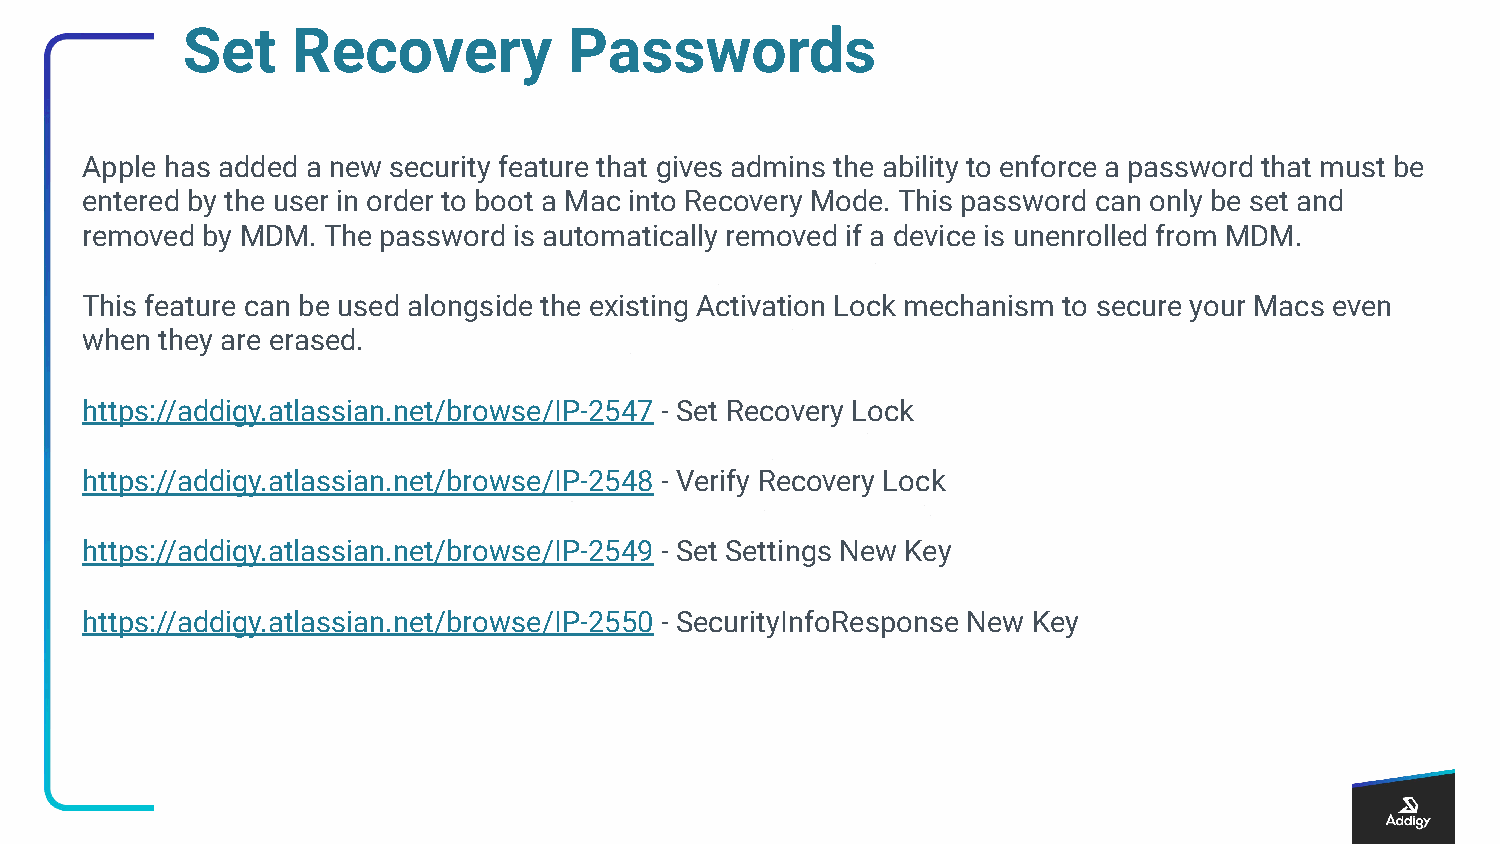
Set    Recovery           Passwords
 Apple has added a new security feature that gives admins the ability to enforce a password that must be
 entered by the user in order to boot a Mac into Recovery Mode. This password can only be set and
 removed by MDM. The password is automatically removed if a device is unenrolled from MDM.
 This feature can be used alongside the existing Activation Lock mechanism to secure your Macs even
 when  they are erased.
 https://addigy.atlassian.net/browse/IP-2547 - Set Recovery Lock
 https://addigy.atlassian.net/browse/IP-2548 - Verify Recovery Lock
 https://addigy.atlassian.net/browse/IP-2549 - Set Settings New Key
 https://addigy.atlassian.net/browse/IP-2550 - SecurityInfoResponse New Key